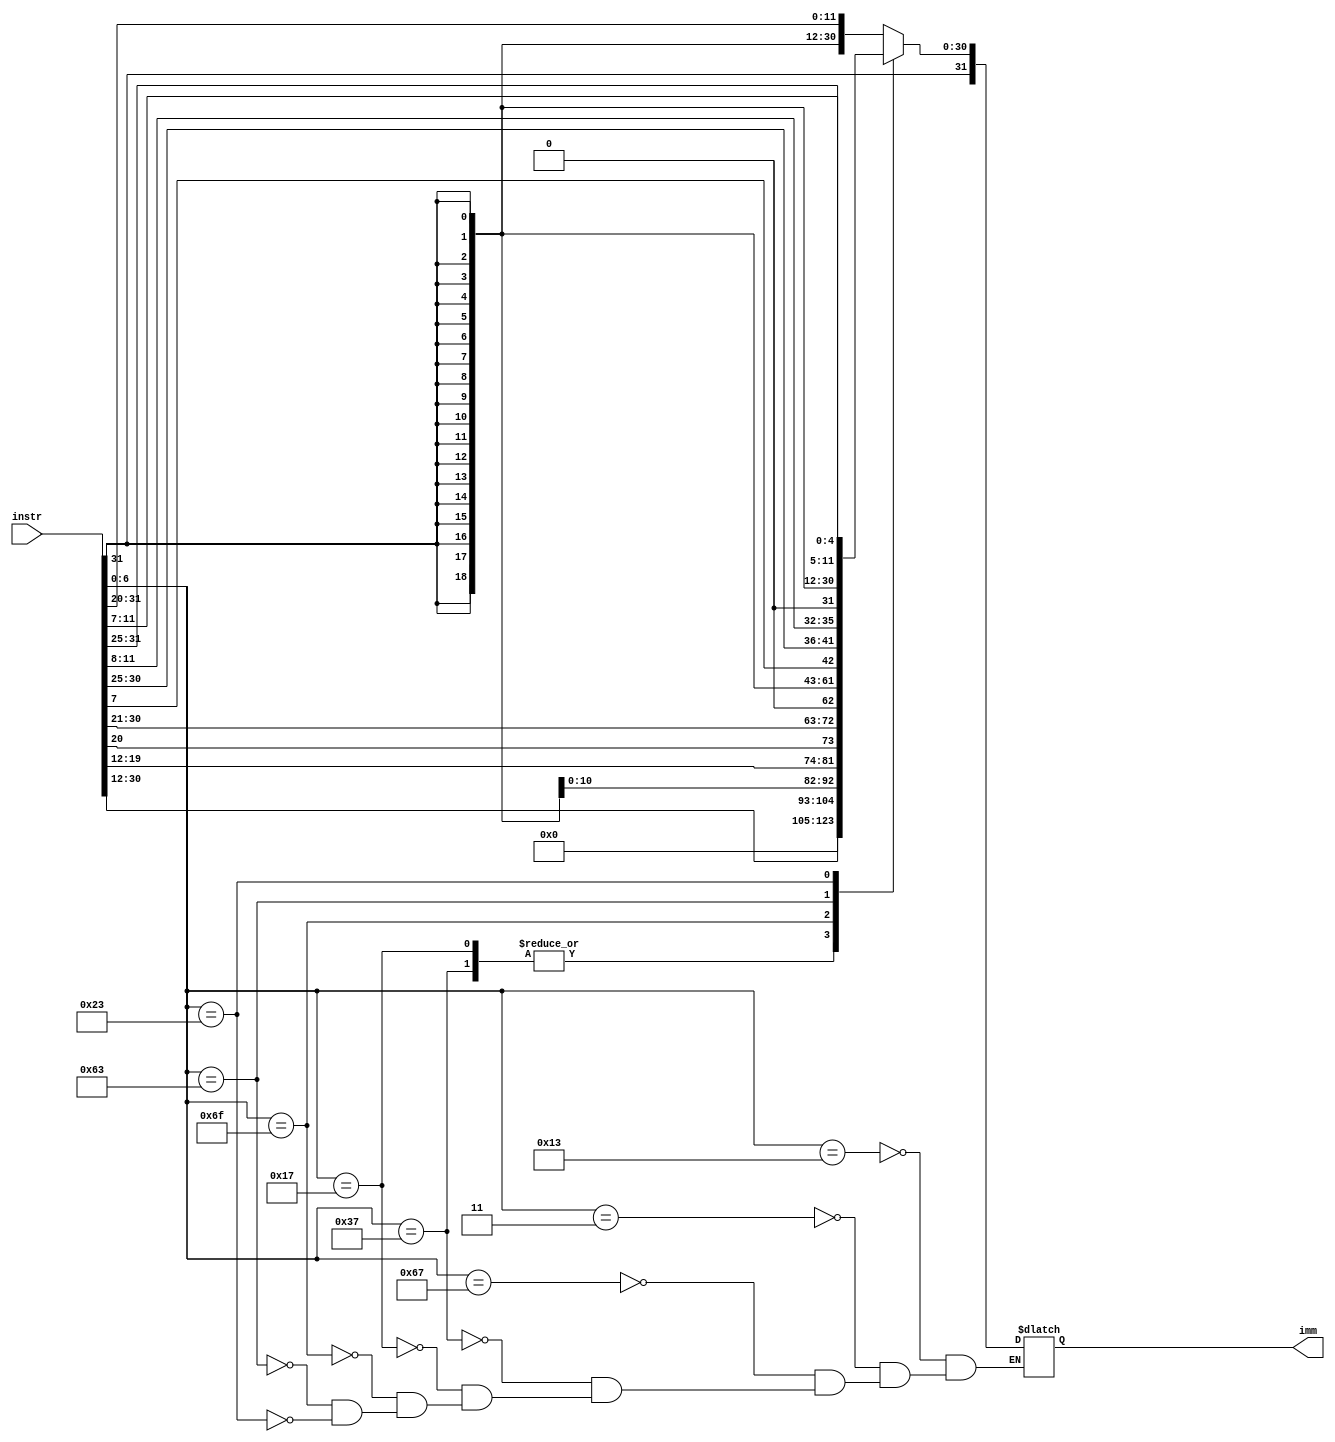
/******************************************************************************************
Immediate Operand Generator Unit 
-> generate a 32-bit immediate value based on I, S, B, U, and J immediate enocding variants 
******************************************************************************************/ 

module immGen(
  input[31:0] instr,
  output reg[31:0] imm
);

  always @(*) begin 
    case (instr[6:0])
      7'b0010011: // I-type
        imm = {{20{instr[31]}}, instr[31:20]}; 
		7'b0000011: // I-type - Load 
		  imm = {{20{instr[31]}}, instr[31:20]}; 
      7'b1100111: // I-type - JALR 
        imm = {{20{instr[31]}}, instr[31:20]}; 
      7'b0110111: // U-type - LUI 
        imm = {instr[31:12], 12'b0};
		7'b0010111: // U-type - AUIPC 
        imm = {instr[31:12], 12'b0};
      7'b1101111: // J-type
        imm = {{12{instr[31]}}, instr[19:12], instr[20], instr[30:21], 1'b0};
      7'b1100011: // B-type
        imm = {{20{instr[31]}}, instr[7], instr[30:25], instr[11:8], 1'b0}; // #
      7'b0100011: // S-type
        imm = {{20{instr[31]}}, instr[31:25], instr[11:7]};
      // default: // R-type immediate = 0;
    endcase
  end

endmodule // immGen